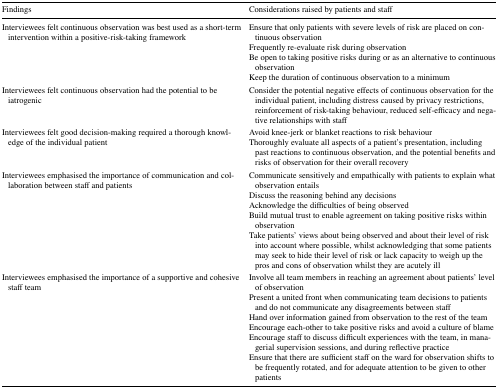
| Findings | Considerations raised by patients and staff |
 | --- | --- |
 | Interviewees felt continuous observation was best used as a short-term intervention within a positive-risk-taking framework | Ensure that only patients with severe levels of risk are placed on continuous observationFrequently re-evaluate risk during observationBe open to taking positive risks during or as an alternative to continuous observationKeep the duration of continuous observation to a minimum |
 | Interviewees felt continuous observation had the potential to be iatrogenic | Consider the potential negative effects of continuous observation for the individual patient, including distress caused by privacy restrictions, reinforcement of risk-taking behaviour, reduced self-efficacy and negative relationships with staff |
 | Interviewees felt good decision-making required a thorough knowledge of the individual patient | Avoid knee-jerk or blanket reactions to risk behaviourThoroughly evaluate all aspects of a patient’s presentation, including past reactions to continuous observation, and the potential benefits and risks of observation for their overall recovery |
 | Interviewees emphasised the importance of communication and collaboration between staff and patients | Communicate sensitively and empathically with patients to explain what observation entailsDiscuss the reasoning behind any decisionsAcknowledge the difficulties of being observedBuild mutual trust to enable agreement on taking positive risks within observationTake patients’ views about being observed and about their level of risk into account where possible, whilst acknowledging that some patients may seek to hide their level of risk or lack capacity to weigh up the pros and cons of observation whilst they are acutely ill |
 | Interviewees emphasised the importance of a supportive and cohesive staff team | Involve all team members in reaching an agreement about patients’ level of observationPresent a united front when communicating team decisions to patients and do not communicate any disagreements between staffHand over information gained from observation to the rest of the teamEncourage each-other to take positive risks and avoid a culture of blameEncourage staff to discuss difficult experiences with the team, in managerial supervision sessions, and during reflective practiceEnsure that there are sufficient staff on the ward for observation shifts to be frequently rotated, and for adequate attention to be given to other patients |